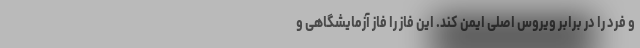
و فرد را در برابر ویروس اصلی ایمن کند. این فاز را فاز آزمایشگاهی و